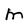
Character: M